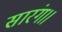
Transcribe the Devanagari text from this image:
सारंग।।